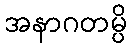
အနာဂတမ္ပိ